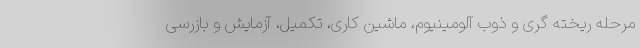
مرحله ریخته گری و ذوب آلومینیوم، ماشین کاری، تکمیل، آزمایش و بازرسی